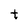
Character: t